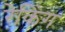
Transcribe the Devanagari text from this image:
रेकिंग